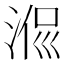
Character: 𣶜